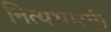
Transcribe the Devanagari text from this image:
नित्यभारती